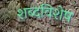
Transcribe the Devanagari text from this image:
शब्दविशेष